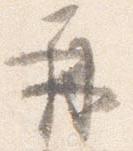
再